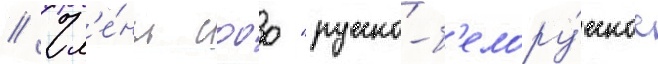
// Чл'е́ны сооо "русско-б'елору́сское